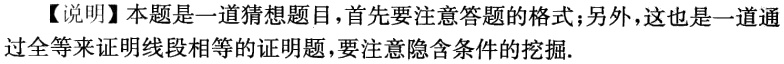
【说明】本题是一道猜想题目，首先要注意答题的格式；另外，这也是一道通
过全等来证明线段相等的证明题，要注意隐含条件的挖掘.